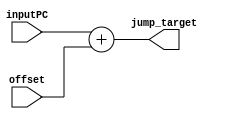
`timescale 1ns / 1ps

// ALU for jump target calculations
module jumpALU(jump_target, inputPC, offset);

parameter word_size = 32;

// inputs and outpust
input [word_size-1:0] inputPC, offset;
output [word_size-1:0] jump_target;

// assign target
assign jump_target = inputPC + offset;

endmodule